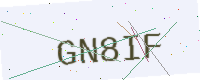
Text: GN8IF